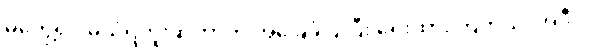
မတွေ့ရင် မယုံရဘူးဆိုတာကို အခြေခံပြုပြီး ရေးထားကြတယ်၊ အဲဒီလို